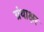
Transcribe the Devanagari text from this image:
ग्रंथाक्षर